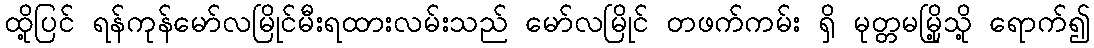
ထို့ပြင် ရန်ကုန်မော်လမြိုင်မီးရထားလမ်းသည် မော်လမြိုင် တဖက်ကမ်း ရှိ မုတ္တမမြို့သို့ ရောက်၍